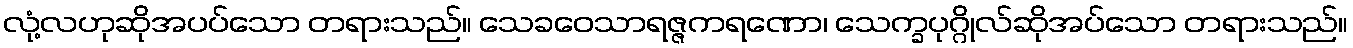
လုံ့လဟုဆိုအပပ်သော တရားသည်။ သေခဝေသာရဇ္ဇကရဏော၊ သေက္ခပုဂ္ဂိုလ်ဆိုအပ်သော တရားသည်။